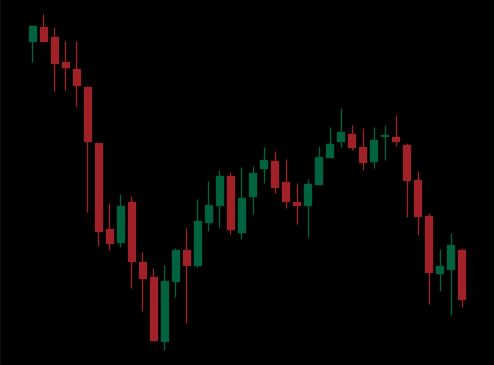
Pattern: unclassified